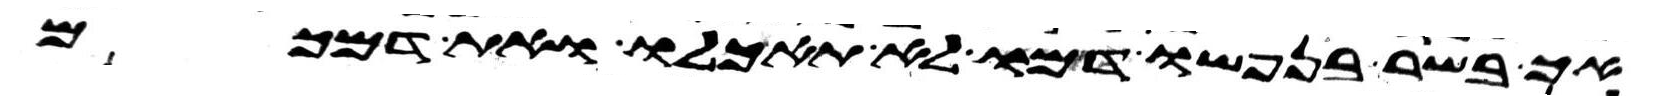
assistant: אך בשר בנפשו דמו לא תאכלו ואת דמכם